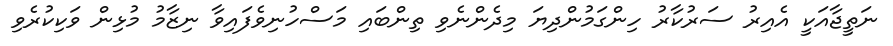
ނަތީޖާއަކީ އެއިރު ސަރުކާރު ހިންގަމުންދިޔަ މިދެންނެވި ތިންބައި މަސްހުނިވެފައިވާ ނިޒާމު މުޅިން ވަކިކުރެވި